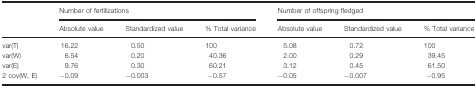
|  | <COLSPAN=3> Number of fertilizations | <COLSPAN=3> Number of offspring fledged |
 | Absolute value | Standardized value | % Total variance | Absolute value | Standardized value | % Total variance |  |
 | --- | --- | --- | --- | --- | --- | --- |
 | var(T) | 16.22 | 0.50 | 100 | 5.08 | 0.72 | 100 |
 | var(W) | 6.54 | 0.20 | 40.36 | 2.00 | 0.29 | 39.45 |
 | var(E) | 9.76 | 0.30 | 60.21 | 3.12 | 0.45 | 61.50 |
 | 2 cov(W, E) | −0.09 | −0.003 | −0.57 | −0.05 | −0.007 | −0.95 |